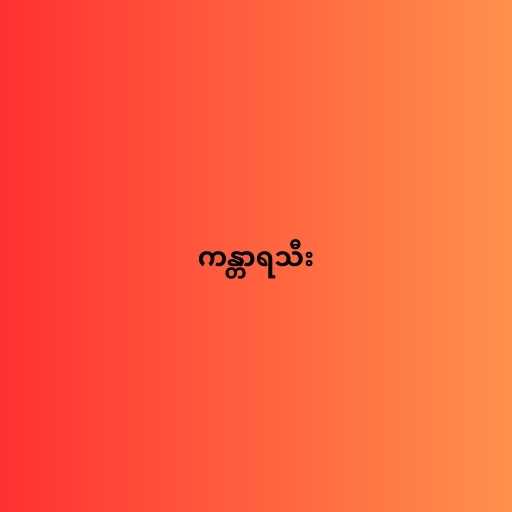
ကန္တာရသီး